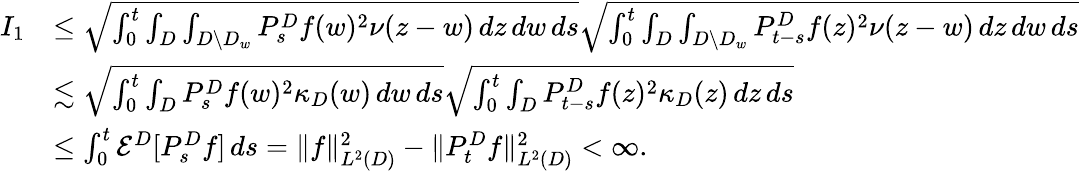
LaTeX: \begin{array}{rl}{I_{1}}&{\leq\sqrt{\int_{0}^{t}\int_{D}\int_{D\setminus D_{w}}P_{s}^{D}f(w)^{2}\nu(z-w)\, dz\, dw\, ds}\sqrt{\int_{0}^{t}\int_{D}\int_{D\setminus D_{w}}P_{t-s}^{D}f(z)^{2}\nu(z-w)\, dz\, dw\, ds}}\\ &{\lesssim\sqrt{\int_{0}^{t}\int_{D}P_{s}^{D}f(w)^{2}\kappa_{D}(w)\, dw\, ds}\sqrt{\int_{0}^{t}\int_{D}P_{t-s}^{D}f(z)^{2}\kappa_{D}(z)\, dz\, ds}}\\ &{\leq\int_{0}^{t}\mathcal{E}^{D}[P_{s}^{D}f]\, ds=\| f\| _{L^{2}(D)}^{2}-\| P_{t}^{D}f\| _{L^{2}(D)}^{2}<\infty.}\end{array}